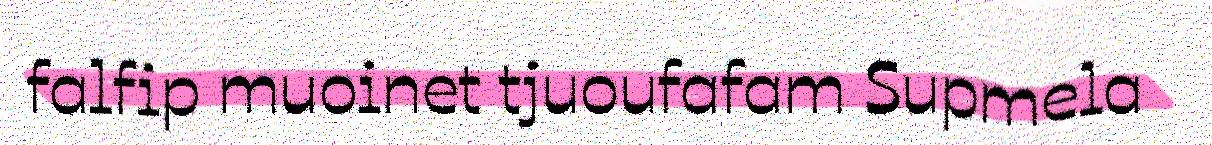
falfip muoinet tjuoufafam Supmela